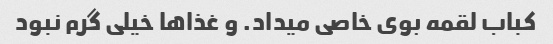
کباب لقمه بوی خاصی میداد. و غذاها خیلی گرم نبود